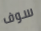
سوف